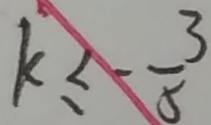
k \leq - \frac { 3 } { 5 }